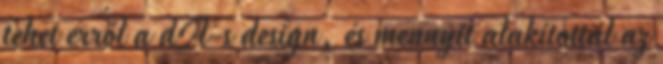
tehet erről a dA-s design, és mennyit alakítottál az